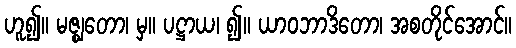
ဟူ၍။ မဇ္ဈတော၊ မှ။ ပဋ္ဌာယ၊ ၍။ ယာဝဘာဒိတော၊ အစတိုင်အောင်။